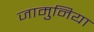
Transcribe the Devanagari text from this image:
जामुनिया